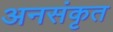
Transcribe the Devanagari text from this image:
अनसंकृत